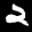
Label: 2